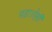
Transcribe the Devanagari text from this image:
पड़ा।ऐसी